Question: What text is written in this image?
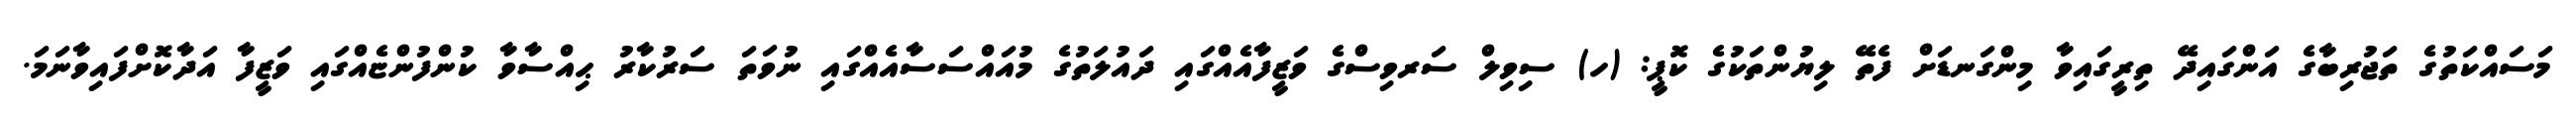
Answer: މަސައްކަތުގެ ތަޖުރިބާގެ އަންގައިދޭ ތިރީގައިވާ މިންގަނޑަށް ފެތޭ ލިޔުންތަކުގެ ކޮޕީ: (ހ) ސިވިލް ސަރވިސްގެ ވަޒީފާއެއްގައި ދައުލަތުގެ މުއައްސަސާއެއްގައި ނުވަތަ ސަރުކާރު ޙިއްސާވާ ކުންފުންޏެއްގައި ވަޒީފާ އަދާކޮށްފައިވާނަމަ.